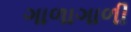
ગાળાગાળી